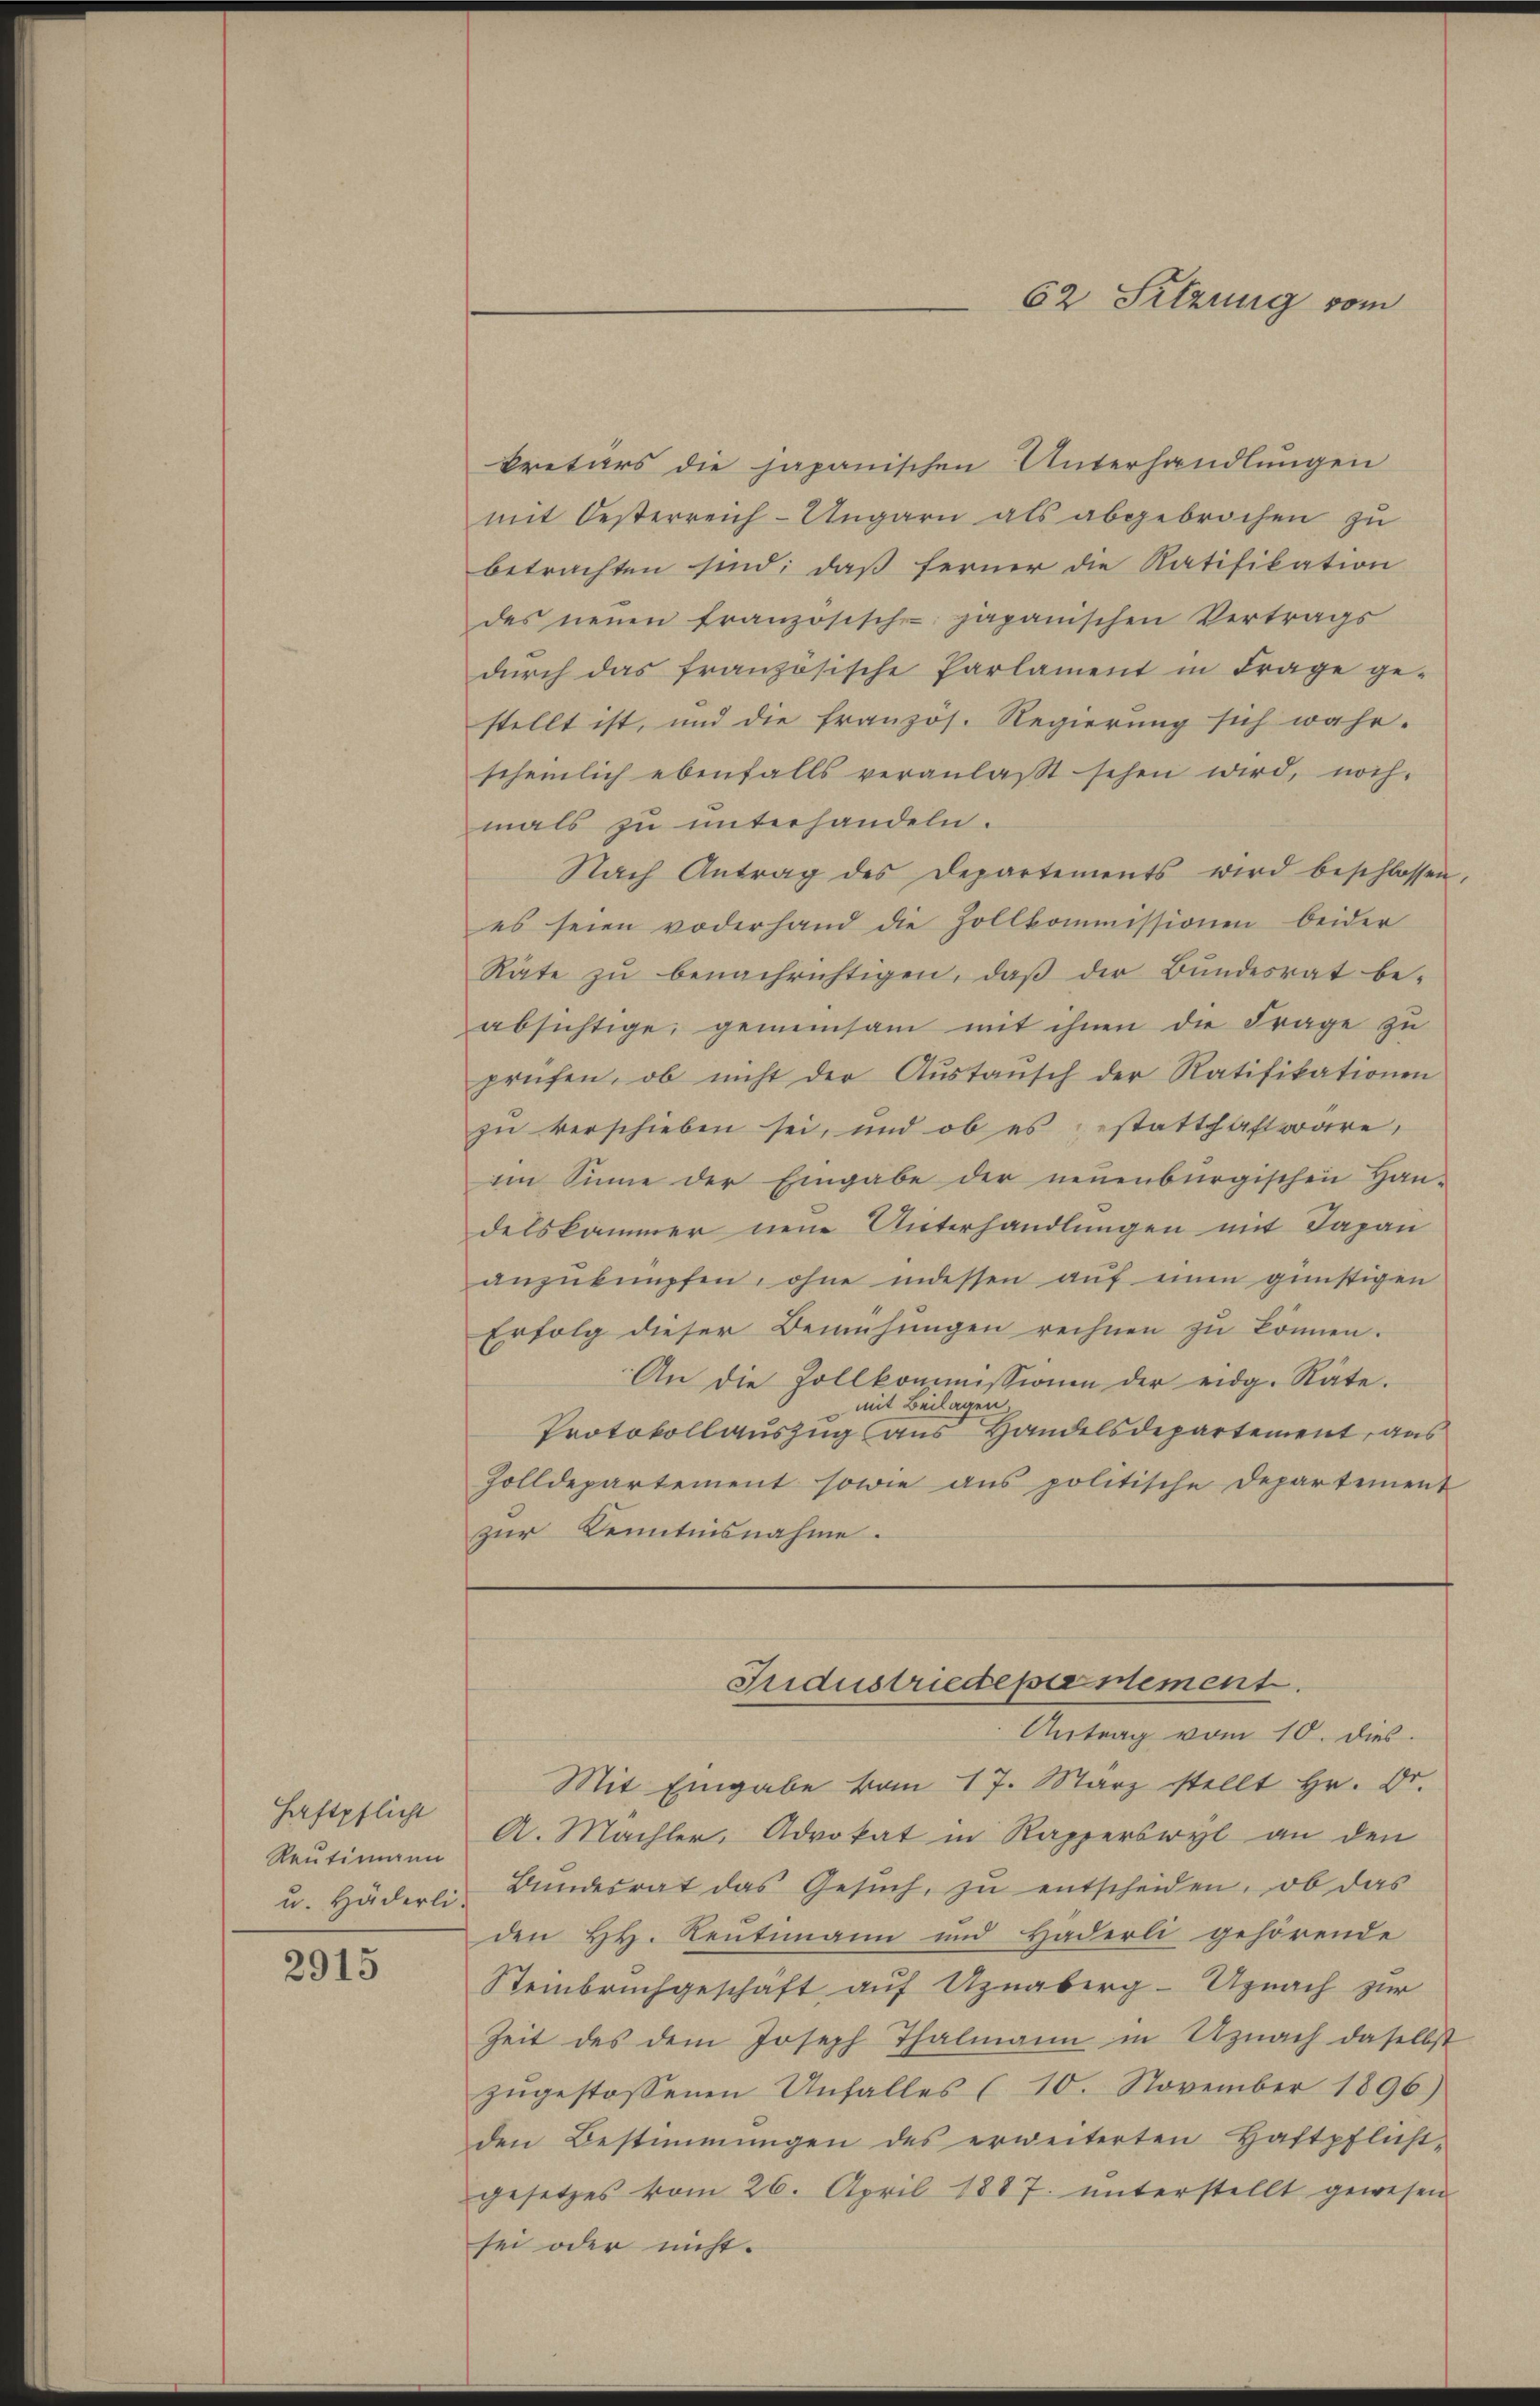
Haftpflicht
Reutimann

2915

kretärs die japanischen Unterhandlungen
mit Oesterreich-Ungarn als abgebrochen zu
betrachten sind; daß ferner die Ratifikation
des neuen französische japanischen Vertrags
dŭrch das französische Parlament in Frage ge-
stellt ist, und die französ. Regierung sich wahr-
scheinlich ebenfalls veranlaβt sehen wird, noch-
mals zu unterhandeln.
Nach Antrag des Departements wird beschlossen,
es seien oderhand die Zollkommissionen beider
Rate zŭ benachrichtigen, daβ der Bŭndesrat be-
absichtige, gemeinsam mit ihnen die Frage zu
prüfen, ob nicht der Aŭstaŭsch der Ratifikationen
zu verschieben sei, und ob es statthaft wäre,
im Sinne der Eingabe der neuenburgischen Han-
delskammer neue Unterhandlungen mit Japan
anzuknüpfen, ohne indessen auf einen günstigen
Erfolg dieser Bemühŭngen rechnen zŭ können.
An die Zollkommissionen der eidg. Räte.
mit Beilagen.
Protokollauszug aus Handelsdepartement, aus
Zolldepartement sowie ans politische Departement
zur Kenntnisnahme.

62 Sitzung vom

Fndustriedepientement.

Antrag vom 10. dies
Mit Eingabe vom 17. März stellt Hr. Dr.
A. Machler, Advokat in Kapperswyl an den
u. Häderli, Bundesrat das Gesŭch, zu entscheiden, ob das
den HH. Reutimann und Häderli gehörende
Steinbruchgeschäft auf Uznaberg- Uznach zur
Zeit des dem Joseph Thalmann in Uznach daselbst
zŭgestossenen Unfalles (10. November 1896)
den Bestimmungen des erweiterten Haftpflicht-
gesetzes vom 26. April 1887. ŭnterstellt gewesen
sei oder nicht.